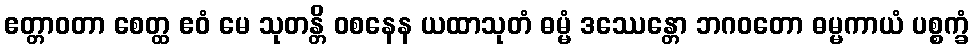
ဧတ္တာဝတာ စေတ္ထ ဧဝံ မေ သုတန္တိ ဝစနေန ယထာသုတံ ဓမ္မံ ဒဿေန္တော ဘဂဝတော ဓမ္မကာယံ ပစ္စက္ခံ